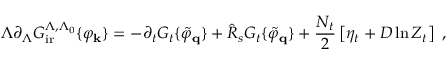
\Lambda \partial _ { \Lambda } { \cal { G } } _ { \mathrm { i r } } ^ { \Lambda , \Lambda _ { 0 } } \{ \varphi _ { \bf { k } } \} = - \partial _ { t } { \cal { G } } _ { t } \{ \tilde { \varphi } _ { \bf { q } } \} + \hat { \cal { R } } _ { s } { \cal { G } } _ { t } \{ \tilde { \varphi } _ { \bf { q } } \} + \frac { N _ { t } } { 2 } \left[ \eta _ { t } + D \ln Z _ { t } \right] \; ,